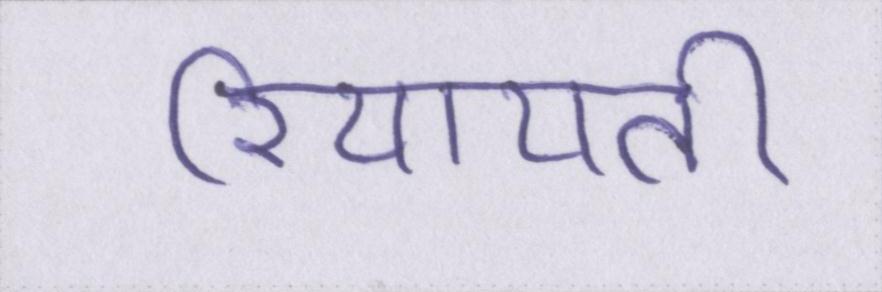
रियायती